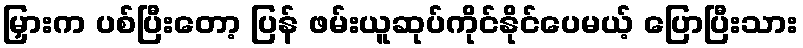
မြှားက ပစ်ပြီးတော့ ပြန် ဖမ်းယူဆုပ်ကိုင်နိုင်ပေမယ့် ပြောပြီးသား